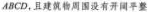
ABCD，且建筑物周围没有开阔平整